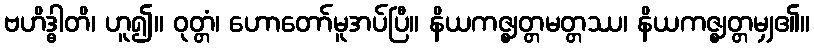
ဗဟိဒ္ဓါတိ၊ ဟူ၍။ ဝုတ္တံ၊ ဟောတော်မူအပ်ပြီ။ နိယကဇ္ဈတ္တမတ္တဿ၊ နိယကဇ္ဈတ္တမျှ၏။